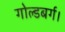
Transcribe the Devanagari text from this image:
गोल्डबर्ग।